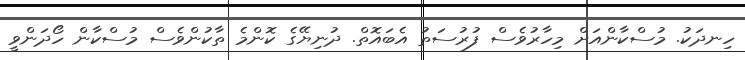
ހިނދަކު. މުސްކާންއަށް މިހާރުވެސް ފުރުސަތު އެބައޮތް. ދުނިޔޭގެ ކޮންމެ ތާކުންވެސް މުސްކާން ހޯދަންވީ